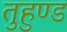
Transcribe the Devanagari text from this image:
तुहुण्ड